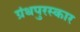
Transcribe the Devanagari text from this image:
ग्रंथपुरस्कार